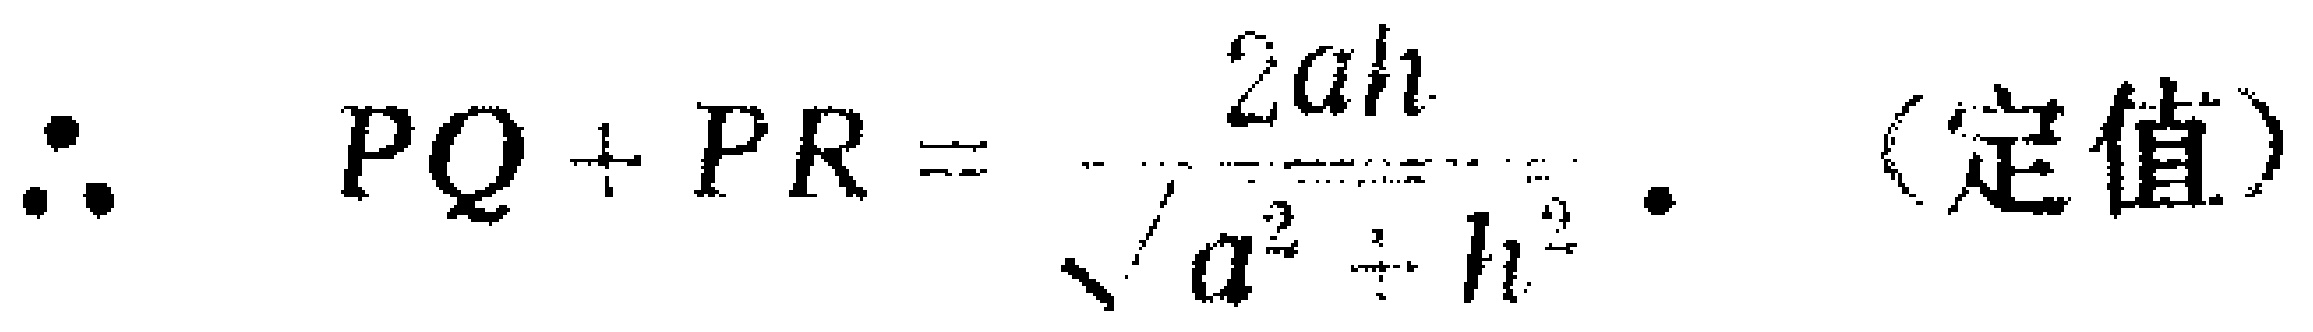
\(\therefore PQ + PR = \frac{2ah}{\sqrt{a^{2}+h^{2}}}\). （定值）